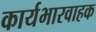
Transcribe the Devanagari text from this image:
कार्यभारवाहक